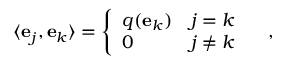
\langle \mathbf { e } _ { j } , \mathbf { e } _ { k } \rangle = \left\{ { \begin{array} { l l } { q ( \mathbf { e } _ { k } ) } & { j = k } \\ { 0 } & { j \neq k } \end{array} } \right. \quad ,